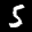
Label: 5